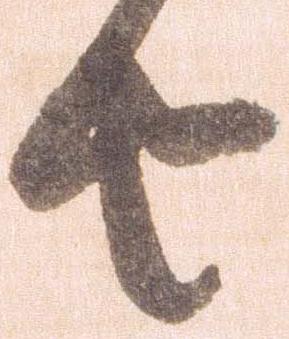
由